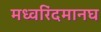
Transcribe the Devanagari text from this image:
मध्वरिंदमानघ